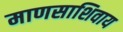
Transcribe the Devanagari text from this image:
माणसाशिवाय